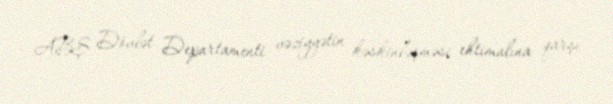
ABŞ Dövlət Departamenti vəziyyətin kəskinləşməsi ehtimalına qarşı